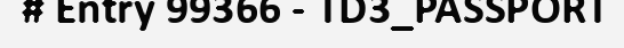
# Entry 99366 - TD3_PASSPORT